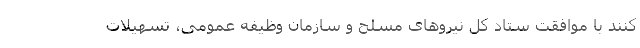
کنند با موافقت ستاد کل نیروهای مسلح و سازمان وظیفه عمومی، تسهیلات